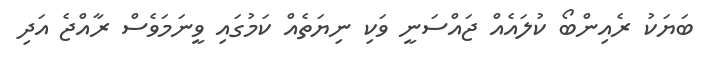
ބަޔަކު ރެއިންބޯ ކުލައެއް ޖައްސަނީ ވަކި ނިޔަތެއް ކަމުގައި ވީނަމަވެސް ރާއްޖެ އަދި